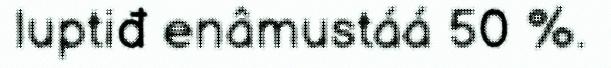
luptiđ enâmustáá 50 %.